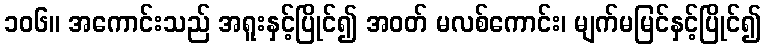
၁၀၆။ အကောင်းသည် အရူးနှင့်ပြိုင်၍ အဝတ် မလစ်ကောင်း၊ မျက်မမြင်နှင့်ပြိုင်၍